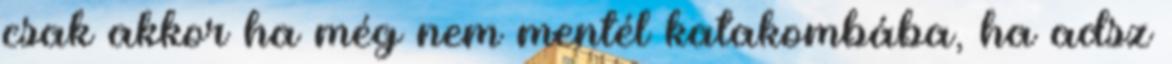
csak akkor ha még nem mentél katakombába, ha adsz